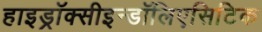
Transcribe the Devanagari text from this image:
हाइड्रॉक्सीइन्डॉलिएसिटिक